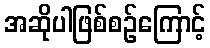
အဆိုပါဖြစ်စဉ်ကြောင့်